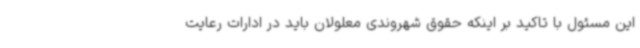
این مسئول با تاکید بر اینکه حقوق شهروندی معلولان باید در ادارات رعایت